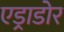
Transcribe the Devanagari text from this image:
एड्राडोर